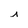
Character: i